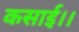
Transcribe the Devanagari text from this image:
कसाई।।